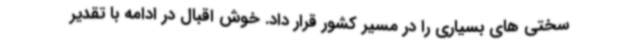
سختی های بسیاری را در مسیر کشور قرار داد. خوش اقبال در ادامه با تقدیر